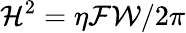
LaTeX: {\cal H}^{2}=\eta{\cal F}{\cal W}/2\pi